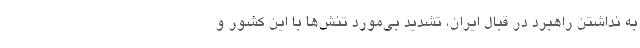
به نداشتن راهبرد در قبال ایران، تشدید بی‌مورد تنش‌ها با این کشور و